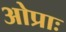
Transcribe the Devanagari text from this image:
ओप्राः